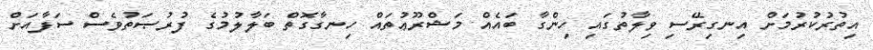
އިތުރުކުރުމަށް އިނގިރޭސި ވިލާތުގައި ހިންގާ ބައެއް މަޝްރޫޢުތައް ހިނގާގޮތް ބަލާލުމުގެ ފުރުޞަތުވެސް ސަފާއަށް